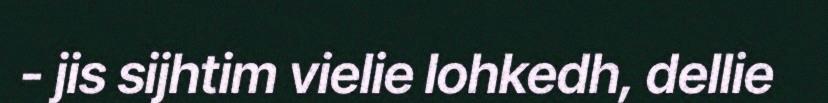
- jis sijhtim vielie lohkedh, dellie